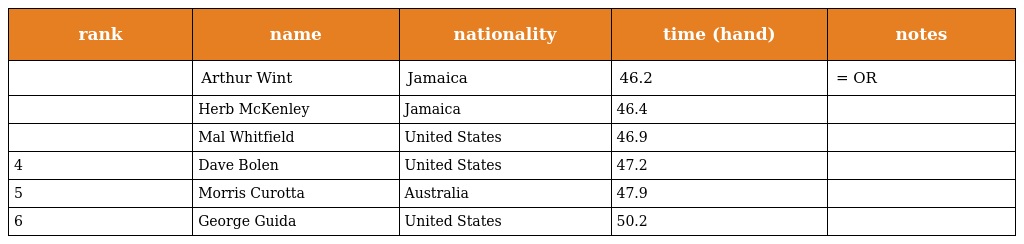
| rank | name | nationality | time (hand) | notes |
 | --- | --- | --- | --- | --- |
 |  | Arthur Wint | Jamaica | 46.2 | = OR |
 |  | Herb McKenley | Jamaica | 46.4 |  |
 |  | Mal Whitfield | United States | 46.9 |  |
 | 4 | Dave Bolen | United States | 47.2 |  |
 | 5 | Morris Curotta | Australia | 47.9 |  |
 | 6 | George Guida | United States | 50.2 |  |